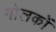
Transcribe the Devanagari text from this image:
गोलकों